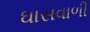
ઘાસવાળી